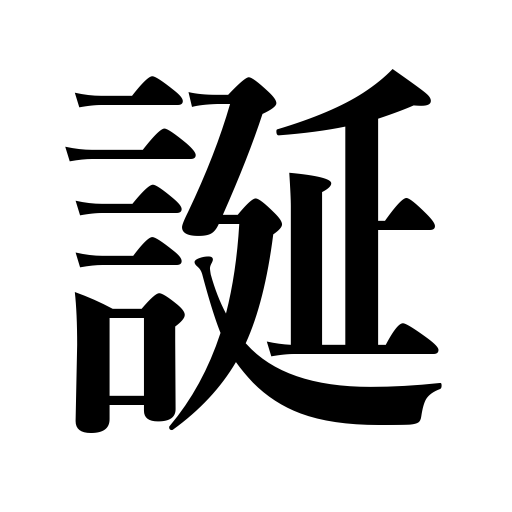
Meanings: deceive,be born,lie,be arbitrary